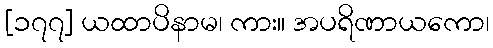
[၁၇၇] ယထာပိနာမ၊ ကား။ အပရိဏာယကော၊